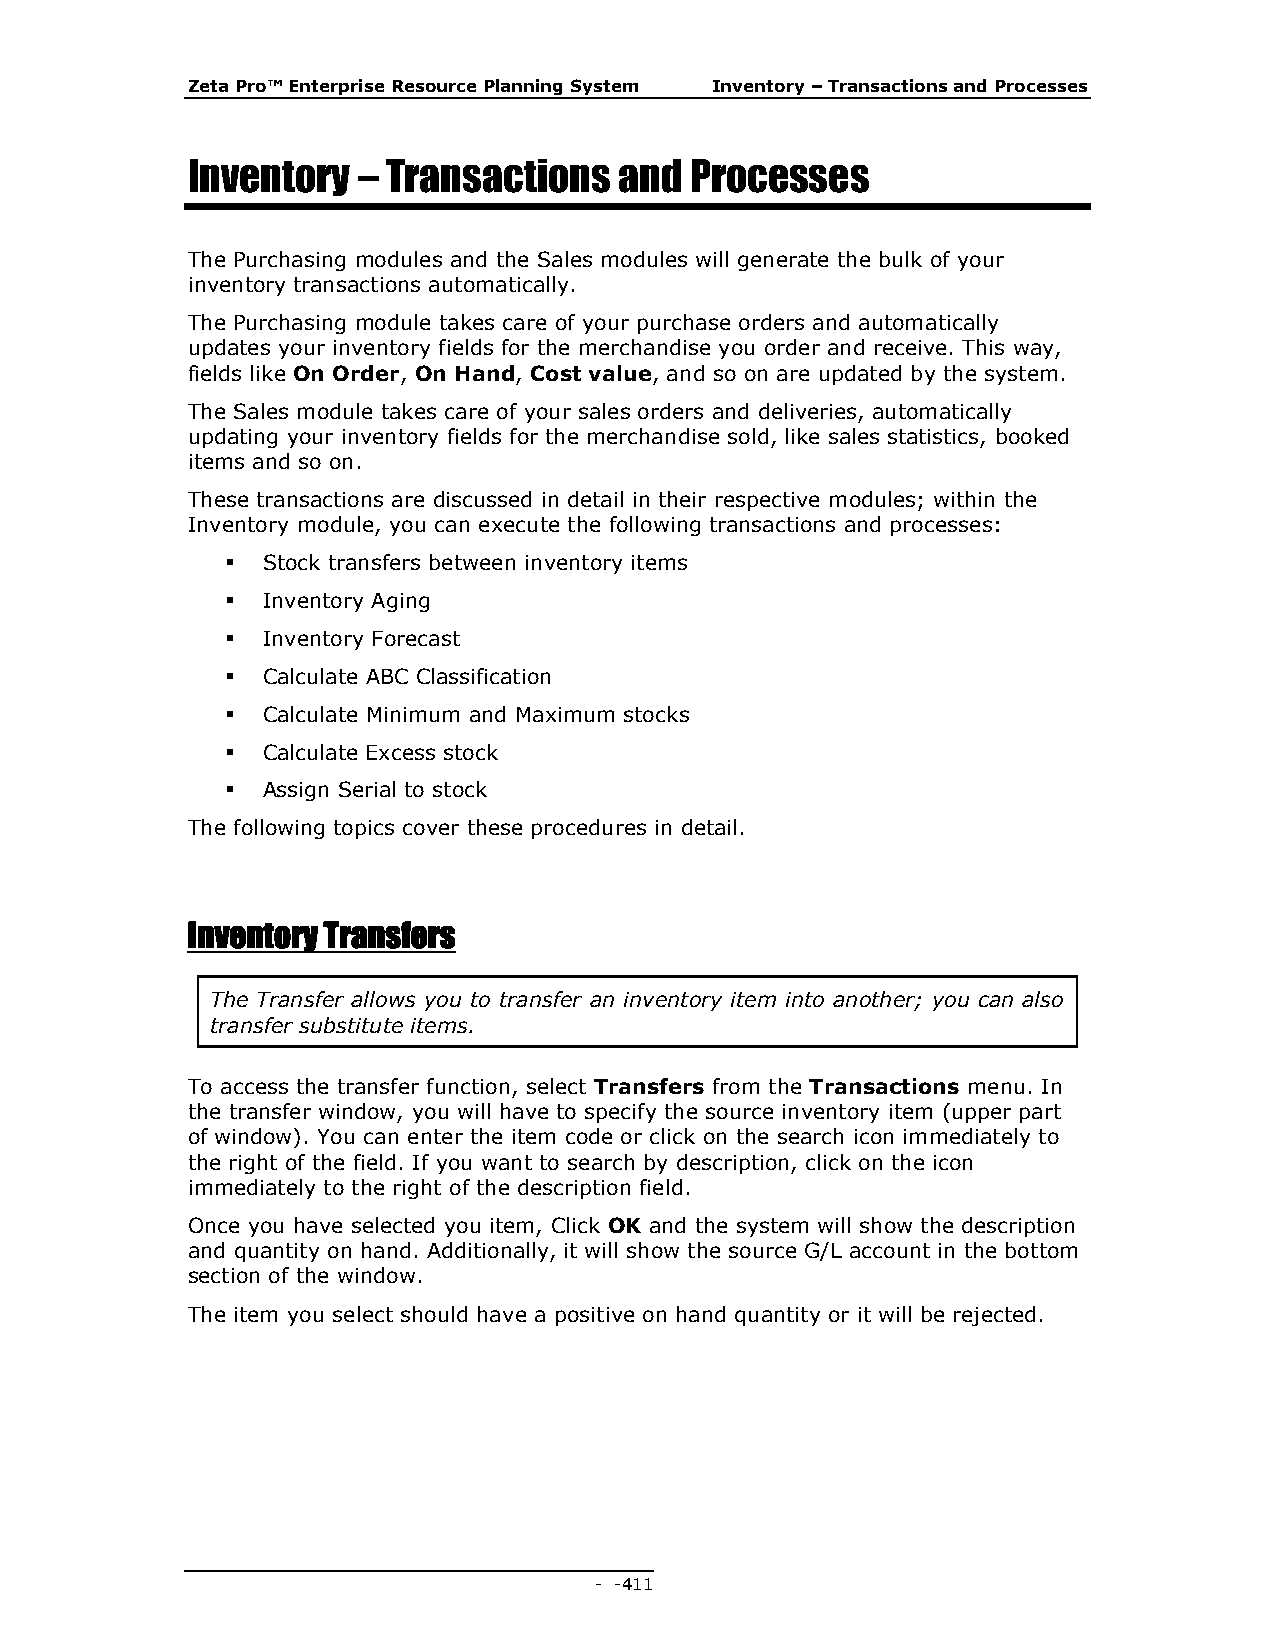
Zeta Pro™ Enterprise Resource Planning System Inventory – Transactions and Processes
 Inventory   – Transactions   and  Processes
 The Purchasing modules and the Sales modules will generate the bulk of your
 inventory transactions automatically.
 The Purchasing module takes care of your purchase orders and automatically
 updates your inventory fields for the merchandise you order and receive. This way,
 fields like On Order, On Hand, Cost value, and so on are updated by the system.
 The Sales module takes care of your sales orders and deliveries, automatically
 updating your inventory fields for the merchandise sold, like sales statistics, booked
 items and so on.
 These transactions are discussed in detail in their respective modules; within the
 Inventory module, you can execute the following transactions and processes:
  Stock transfers between inventory items
  Inventory Aging
  Inventory Forecast
  Calculate ABC Classification
  Calculate Minimum and Maximum stocks
  Calculate Excess stock
  Assign Serial to stock
 The following topics cover these procedures in detail.
 Inventory Transfers
 The Transfer allows you to transfer an inventory item into another; you can also
 transfer substitute items.
 To access the transfer function, select Transfers from the Transactions menu. In
 the transfer window, you will have to specify the source inventory item (upper part
 of window). You can enter the item code or click on the search icon immediately to
 the right of the field. If you want to search by description, click on the icon
 immediately to the right of the description field.
 Once you have selected you item, Click OK and the system will show the description
 and quantity on hand. Additionally, it will show the source G/L account in the bottom
 section of the window.
 The item you select should have a positive on hand quantity or it will be rejected.
 - - 411